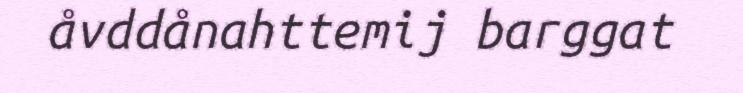
åvddånahttemij barggat